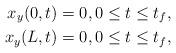
LaTeX: \begin{align*}{x_y}(0,t) &= 0,0 \le t \le {t_f},\\{x_y}(L,t) &= 0,0 \le t \le {t_f},\end{align*}